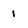
Character: 1